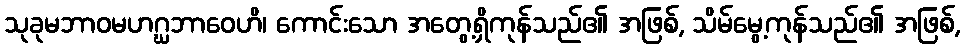
သုခုမဘာဝမဟဂ္ဃဘာဝေဟိ၊ ကောင်းသော အတွေ့ရှိကုန်သည်၏ အဖြစ်, သိမ်မွေ့ကုန်သည်၏ အဖြစ်,